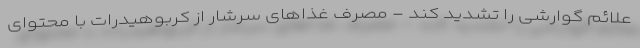
علائم گوارشی را تشدید کند - مصرف غذاهای سرشار از کربوهیدرات با محتوای